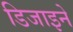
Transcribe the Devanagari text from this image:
डिजाइने